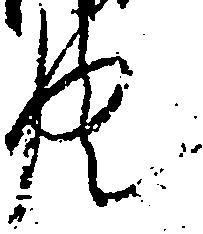
共